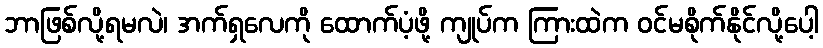
ဘာဖြစ်လို့ရမလဲ၊ အက်ရှလေကို ထောက်ပံ့ဖို့ ကျုပ်က ကြားထဲက ဝင်မစိုက်နိုင်လို့ပေါ့